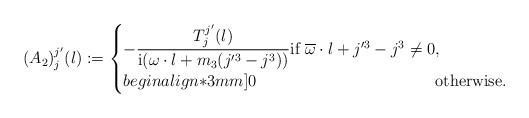
LaTeX: \begin{align*}(A_2)_j^{j'}(l):=\begin{cases}-\dfrac{T_j^{j'}(l)}{\mathrm{i}(\omega\cdot l+m_3 (j'^3-j^3))} \mbox{if}\,\,\overline{\omega}\cdot l+j'^3-j^3\neq 0,\\begin{align*}3mm]0 \qquad\qquad\qquad\qquad\qquad\quad\mbox{otherwise}.\end{cases}\end{align*}